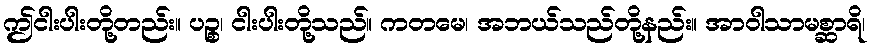
ဤငါးပါးတို့တည်း။ ပဉ္စ၊ ငါးပါးတို့သည်။ ကတမေ၊ အဘယ်သည်တို့နည်း။ အာဝါသာမစ္ဆာရိ၊